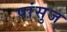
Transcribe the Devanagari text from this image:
पांसुज